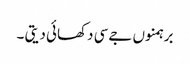
برہمنوں جےسی دکھائی دیتی ۔